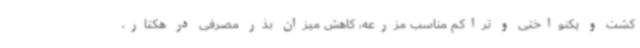
کشت و یکنواختی و تراکم مناسب مزرعه، کاهش میزان بذر مصرفی در هکتار،